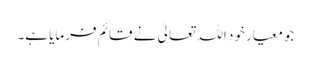
جو معیار خود اللہ تعالیٰ نے قائم فرمایا ہے۔